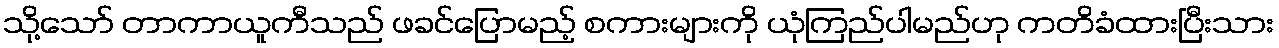
သို့သော် တာကာယူကီသည် ဖခင်ပြောမည့် စကားများကို ယုံကြည်ပါမည်ဟု ကတိခံထားပြီးသား